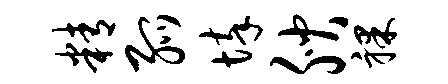
精弧悴腴裸